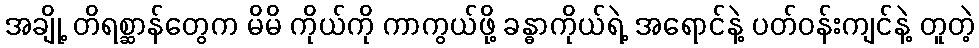
အချို့ တိရစ္ဆာန်တွေက မိမိ ကိုယ်ကို ကာကွယ်ဖို့ ခန္ဓာကိုယ်ရဲ့ အရောင်နဲ့ ပတ်ဝန်းကျင်နဲ့ တူတဲ့